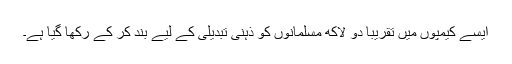
ایسے کیمپوں میں تقریباً دو لاکھ مسلمانوں کو ذہنی تبدیلی کے لیے بند کر کے رکھا گیا ہے۔